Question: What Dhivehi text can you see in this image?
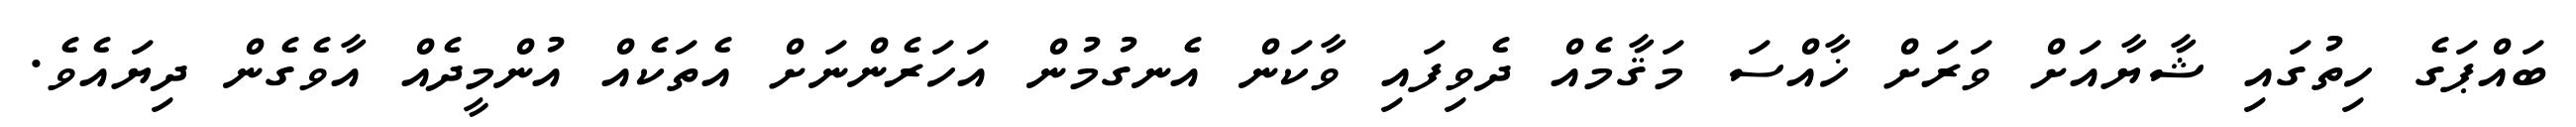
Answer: ބައްޕަގެ ހިތުގައި ޝާޔާއަށް ވަރަށް ޚާއްސަ މަޤާމެއް ދެވިފައި ވާކަން އެނގުމުން އަހަރެންނަށް އެތަކެއް އުންމީދެއް އާވެގެން ދިޔައެވެ.